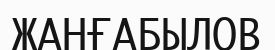
ЖАНҒАБЫЛОВ